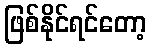
ဖြစ်နိုင်ရင်တော့